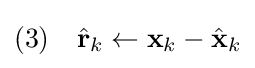
{\text{(3)}}\quad {\hat {\textbf {r}}}_{k}\leftarrow {\textbf {x}}_{k}-{\hat {\textbf {x}}}_{k}